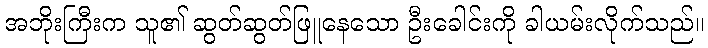
အဘိုးကြီးက သူ၏ ဆွတ်ဆွတ်ဖြူနေသော ဦးခေါင်းကို ခါယမ်းလိုက်သည်။